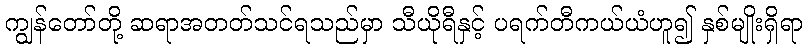
ကျွန်တော်တို့ ဆရာအတတ်သင်ရသည်မှာ သီယိုရီနှင့် ပရက်တီကယ်ယံဟူ၍ နှစ်မျိုးရှိရာ